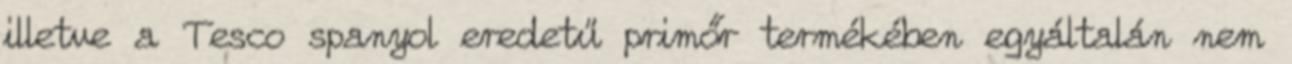
illetve a Tesco spanyol eredetű primőr termékében egyáltalán nem